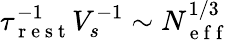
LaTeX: \tau_{\mathrm{~r~e~s~t~}}^{-1}V_{s}^{-1}\sim N_{\mathrm{~e~f~f~}}^{1/3}